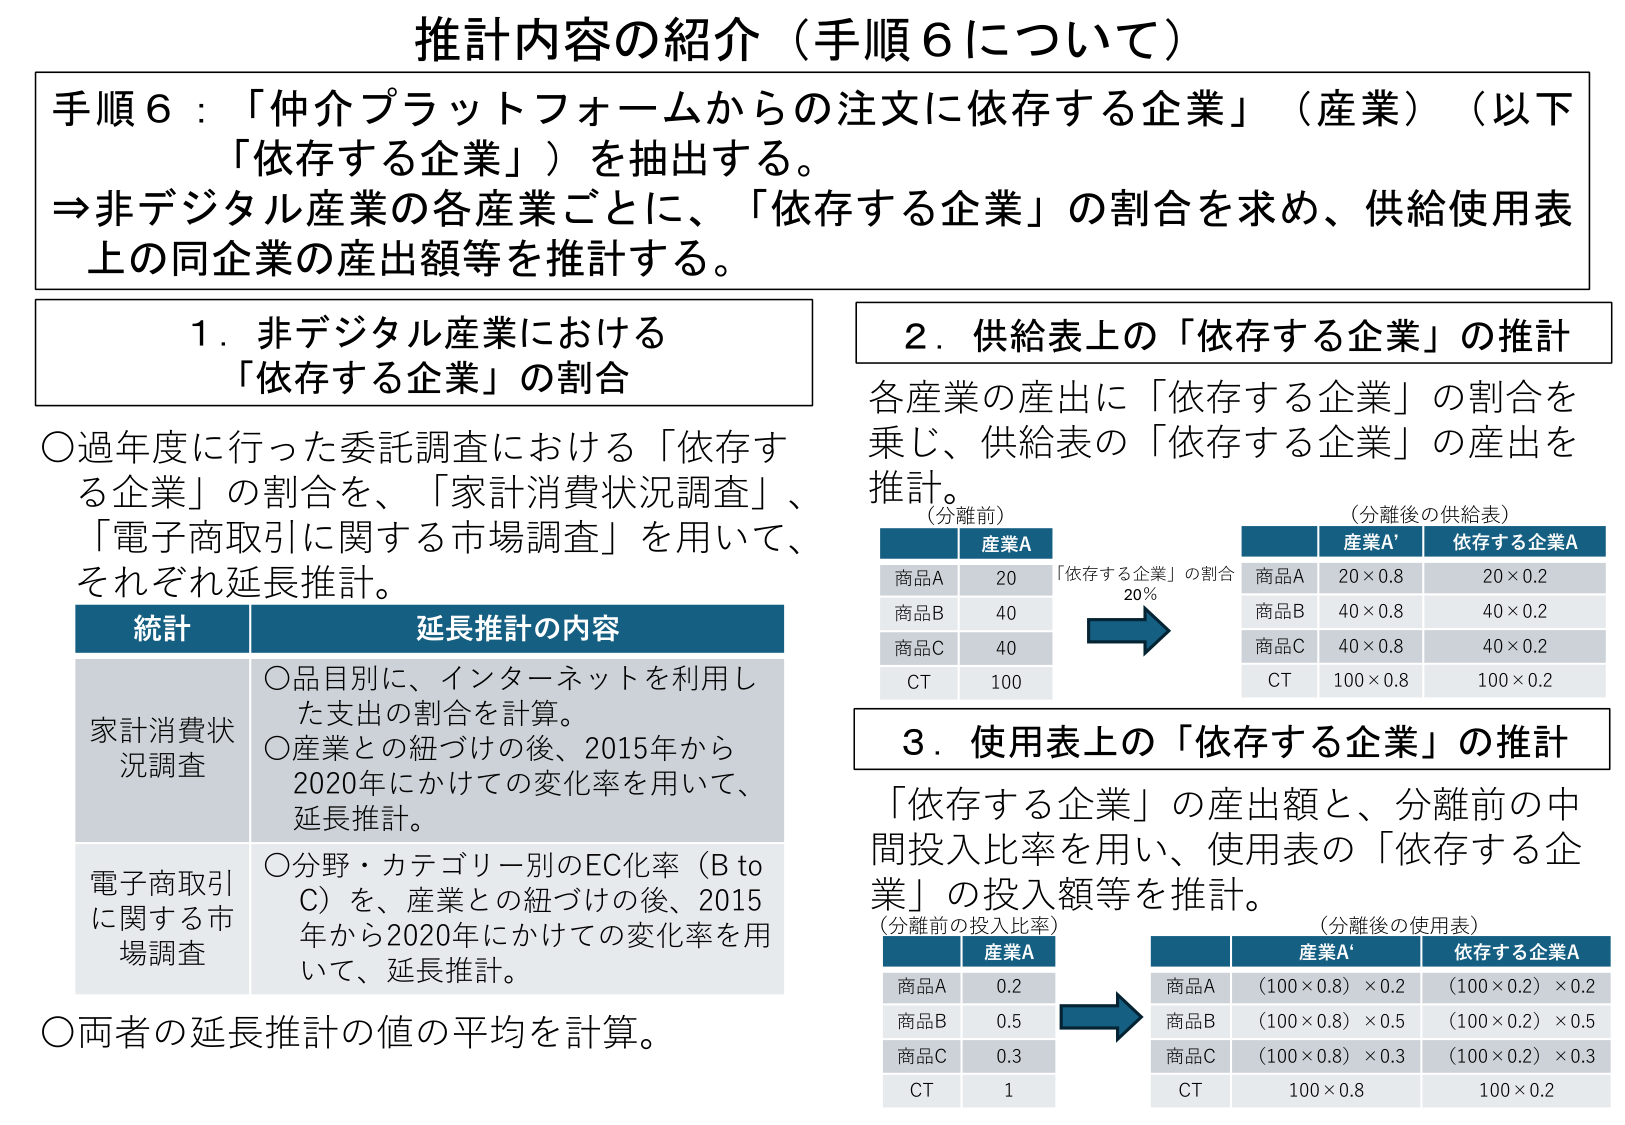
推計内容の紹介（手順６について）

手順６：「仲介プラットフォームからの注文に依存する企業」（産業）（以下「依存する企業」）を抽出する。
⇒非デジタル産業の各産業ごとに、「依存する企業」の割合を求め、供給使用表上の同企業の産出額等を推計する。

１．非デジタル産業における「依存する企業」の割合

○過年度に行った委託調査における「依存する企業」の割合を、「家計消費状況調査」、「電子商取引に関する市場調査」を用いて、それぞれ延長推計。

統計　　　　　　　延長推計の内容
家計消費状況調査　○品目別に、インターネットを利用した支出の割合を計算。
　　　　　　　　　○産業との紐づけの後、2015年から2020年にかけての変化率を用いて、延長推計。
電子商取引に関する市場調査　○分野・カテゴリー別のEC化率（B to C）を、産業との紐づけの後、2015年から2020年にかけての変化率を用いて、延長推計。

○両者の延長推計の値の平均を計算。

２．供給表上の「依存する企業」の推計

各産業の産出に「依存する企業」の割合を乗じ、供給表の「依存する企業」の産出を推計。

（分離前）　　　　　　　　　　　　　　　　（分離後の供給表）
　　　　　産業A　　　　　　　　　　　　　　　産業A'　　依存する企業A
商品A　　20　　　　　　　　　　　　　　　　商品A　　20×0.8　　　20×0.2
商品B　　40　　　　　　　　　　　　　　　　商品B　　40×0.8　　　40×0.2
商品C　　40　　　　　　　　　　　　　　　　商品C　　40×0.8　　　40×0.2
CT　　　100　　　　　　　　　　　　　　　　CT　　　100×0.8　　　100×0.2

「依存する企業」の割合
20％

３．使用表上の「依存する企業」の推計

「依存する企業」の産出額と、分離前の中間投入比率を用い、使用表の「依存する企業」の投入額等を推計。

（分離前の投入比率）　　　　　　　　　　　　（分離後の使用表）
　　　　　産業A　　　　　　　　　　　　　　　産業A'　　　依存する企業A
商品A　　0.2　　　　　　　　　　　　　　　　商品A　　（100×0.8）×0.2　　（100×0.2）×0.2
商品B　　0.5　　　　　　　　　　　　　　　　商品B　　（100×0.8）×0.5　　（100×0.2）×0.5
商品C　　0.3　　　　　　　　　　　　　　　　商品C　　（100×0.8）×0.3　　（100×0.2）×0.3
CT　　　1　　　　　　　　　　　　　　　　　CT　　　　100×0.8　　　　　　100×0.2